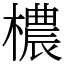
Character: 檂